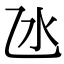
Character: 氹